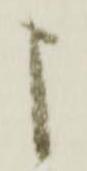
申